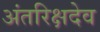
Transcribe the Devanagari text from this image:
अंतरिक्षदेव